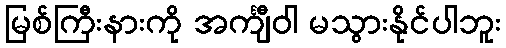
မြစ်ကြီးနားကို အင်္ကျီဝါ မသွားနိုင်ပါဘူး